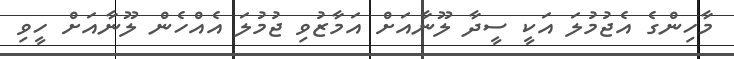
މާހިންގެ އެޖުމުލަ އަކީ ސީދާ ލޫނާއަށް އަމާޒުވި ޖުމުލަ އެއްހެން ލޫނާއަށް ހީވި